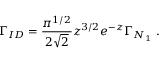
\Gamma _ { I D } = \frac { \pi ^ { 1 / 2 } } { 2 \sqrt { 2 } } z ^ { 3 / 2 } e ^ { - z } \Gamma _ { N _ { 1 } } \ .